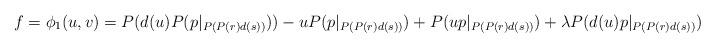
LaTeX: \begin{align*}f &=\phi_1(u,v) = P(d(u)P(p|_{P(P(r)d(s))})) -uP(p|_{P(P(r)d(s))}) +P(u p|_{P(P(r)d(s))}) + \lambda P(d(u) p|_{P(P(r)d(s))})\end{align*}